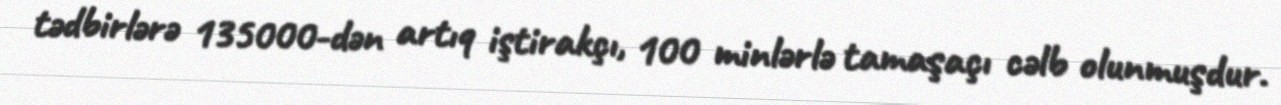
tədbirlərə 135000-dən artıq iştirakçı, 100 minlərlə tamaşaçı cəlb olunmuşdur.